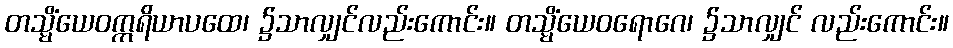
တသ္မိံယေဝဣရိယာပထေ၊ ၌သာလျှင်လည်းကောင်း။ တသ္မိံယေဝရောဂေ၊ ၌သာလျှင် လည်းကောင်း။